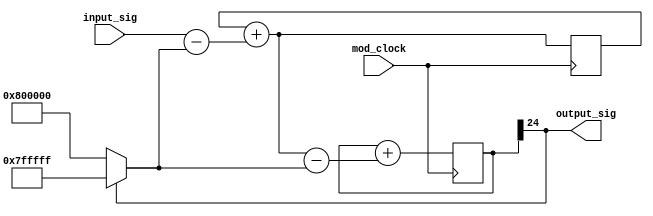
`timescale 100ps/1ps

/* Second-Order Sigma Delta Modulator
*  Dan Kouba, 2012
*/

module second_order_sigdel_mod(
  
  mod_clock,
  input_sig,
  output_sig
  
);

parameter input_bitwidth = 24;
parameter full_neg = {1'b1, {(input_bitwidth-1){1'b0}}};
parameter full_pos = {1'b0, {(input_bitwidth-1){1'b1}}};

input   signed [input_bitwidth - 1:0]   input_sig /*verilator public*/;		
input                                   mod_clock /*verilator public*/;		
output                                  output_sig /*verilator public*/;

wire    signed [input_bitwidth - 1:0]   fb;
wire    signed [input_bitwidth :0]   error;
wire    signed [input_bitwidth :0]   error_2;
wire	  signed [input_bitwidth :0]	 non_delaying_integrator_in;

reg     signed [input_bitwidth :0]   non_delaying_integrator_out = 0;
reg     signed [input_bitwidth :0]   delaying_integrator_out = 0;

wire                                    comp_out;

always@(posedge mod_clock) begin

    non_delaying_integrator_out <= non_delaying_integrator_in;		// non-delaying integrator block          
    delaying_integrator_out <= delaying_integrator_out + error_2;   // delaying integrator block

end

// adder for non-delaying integrator
assign non_delaying_integrator_in = non_delaying_integrator_out + error;

// sign bit extractor for compare to zero block
assign comp_out = delaying_integrator_out[input_bitwidth];

// compare to zero block with full scale gain
assign fb = comp_out ? full_pos : full_neg ;

// error adder
assign error = input_sig - fb;

// second error adder
assign error_2 = non_delaying_integrator_in - fb;

// output bit assign
assign output_sig = comp_out;

endmodule